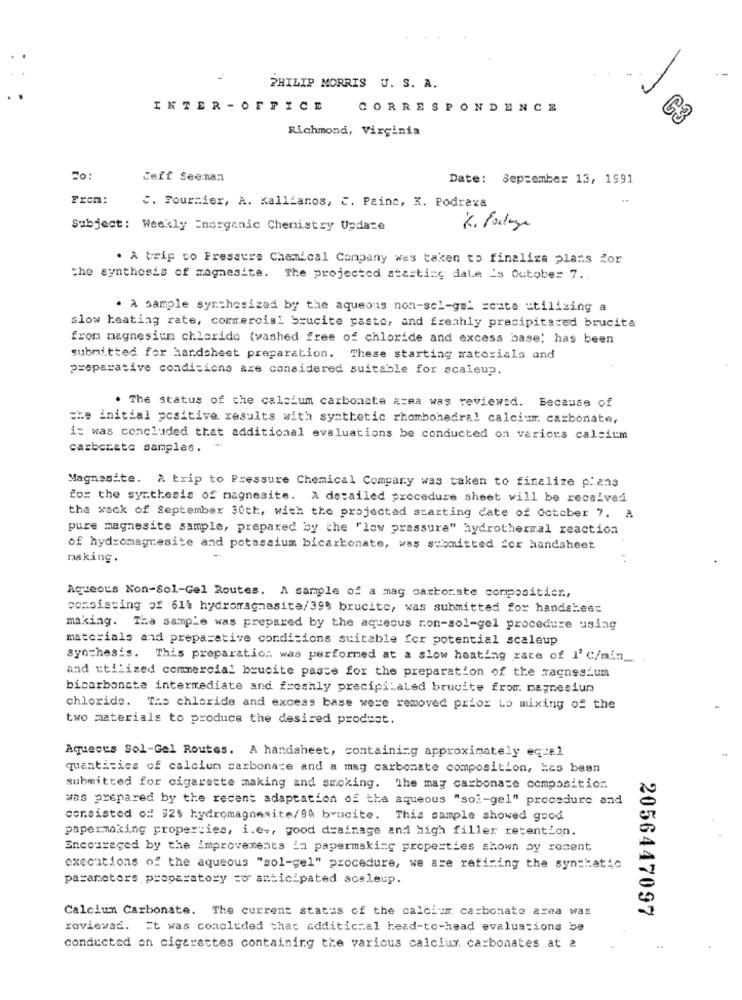
PHILIP MORRIS U. S. A.
INTER - OFFICE
CORRESPONDENCE
Richmond, Virginia
Jeff Seenan
Date: September 13, 1991
From:
C. Fournier, A. Kallianos, C. Paint, 3. Podraza
Subject: Weekly Inorganic Chemistry Update
. A trip to Pressure Chemical Company was taken to finalize plats for
the synthesis of magnesite. The projected atasting dale is Outober 7.
. A sample synthesized by the aqueous non-sel-gal mente utilizing a
slow heating rate, commercial brucite pasto, and freshly precipitated brucita
from magnesium chloride (washed free of chloride and excess base; has been
submitted for hardsheet preparation. These starting materials and
p=eparative condiciona axe considered suitable for scaleup.
. The status of the calcium carbonate zzea was reviewed. Because of
the initial positive results with synthetic rhombohedral calcium carbonate,
it was concluded that additional evaluations be conducted on various calcium
carbcrate samples.
Magnesite. & trip to Pressure Chemical Company was taken to finalize p'ans
for the synthesis of magnesite. A detailed procedure sheet will be received
the wack of September 30th, with the projectad starting date of October 7. A
pure magnesite sample, prepared by the "low pressure" hydrothermal reaction
of hydromagnesite and potassium bicarbonate, was submitted for handsheet
making .
. .
Aqueous Kon-Sol-Gel Routes. A sample of a mag carbonate compositict,
pomoisting of 61% hydromagnesite/39$ brucite, was submitted for handsheet
making. The sample was prepared by the aqueous ron-sol-gel procedure using
materials and preparative conditions suitable for potential scaleup
synthesis. This preparation. was performed at a slow heating zace of 1' C/min _.
and utilized commercial brucite paste for the preparation of the magnesium
bicarbonate intermediate and freshly precipilaled brucite from. magnesium
chloride. The chloride and excess base were removed prior Lo mixing of the
two materials to produce the desired product.
Aqueous Sol-Gel Routes. A handsheet, containing approximately equal
quantities of calcium carbonate and a mag carbonate composition, Ecs bean
submitted for cigarette making and smoking. The may carbonate composition.
was prepared by the recent adaptation of the aqueous "sol-gel" procedure and
consisted of 325 hydromagnesite/80 brucite. This sample showed good
papermaking properties, i.e ., good drainage and high filler retention.
Encouraged by the improvements in papermaking properties shown by recent
executions of the aqueous "sol-gel" procedure, we are refining the synthetic
pasanctors preparatory =o anticipated scaleup.
Calcium Carbonate. The current status of the calcium carbonate area was
2056447097
reviewad. It was concluded that additic:al head-to-head evaluations be
conducted on cigarettes containing the various calcium carbonates at &